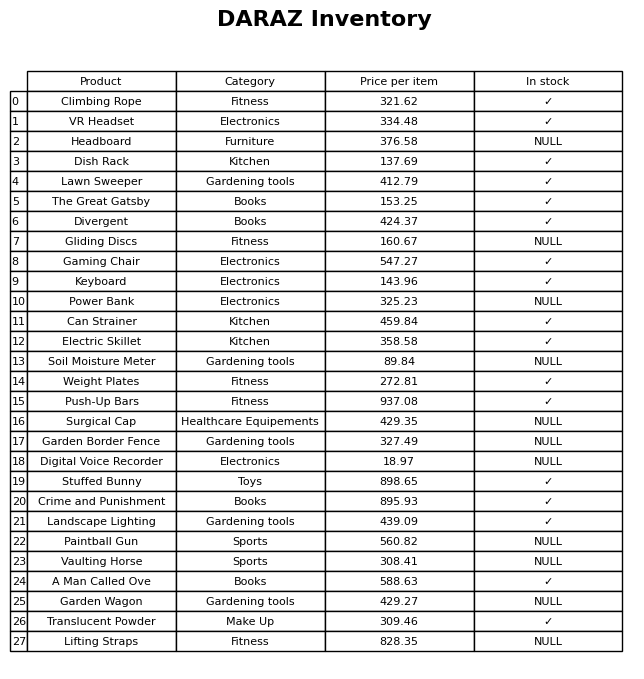
question: What is the price for The Great Gatsby?
answer: The price of The Great Gatsby is 153.25.